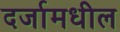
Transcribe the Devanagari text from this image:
दर्जामधील